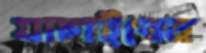
যাচাইবেন